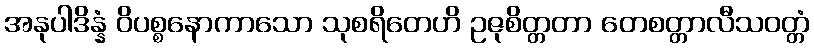
အနုပါဒိန္နံ ဝိပစ္စနောကာသော သုစရိတေဟိ ဥဇုစိတ္တတာ တေစတ္တာလီသဝတ္တံ